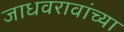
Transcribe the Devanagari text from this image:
जाधवरावांच्या